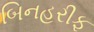
બિનહરીફ